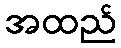
အထည်